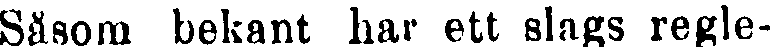
Såsom bekant har ett slags regle-